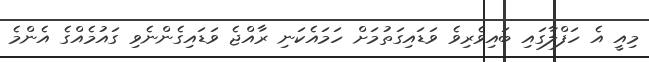
މިއީ އެ ހަފްލާގައި ބައިވެރިވެ ވަޑައިގަތުމަށް ހަމައެކަނި ރާއްޖެ ވަޑައިގެންނެވި ގައުމެއްގެ އެންމެ